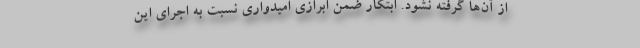
از آن‌ها گرفته نشود. ابتکار ضمن ابرازی امیدواری نسبت به اجرای این